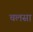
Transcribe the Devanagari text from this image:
चलसा